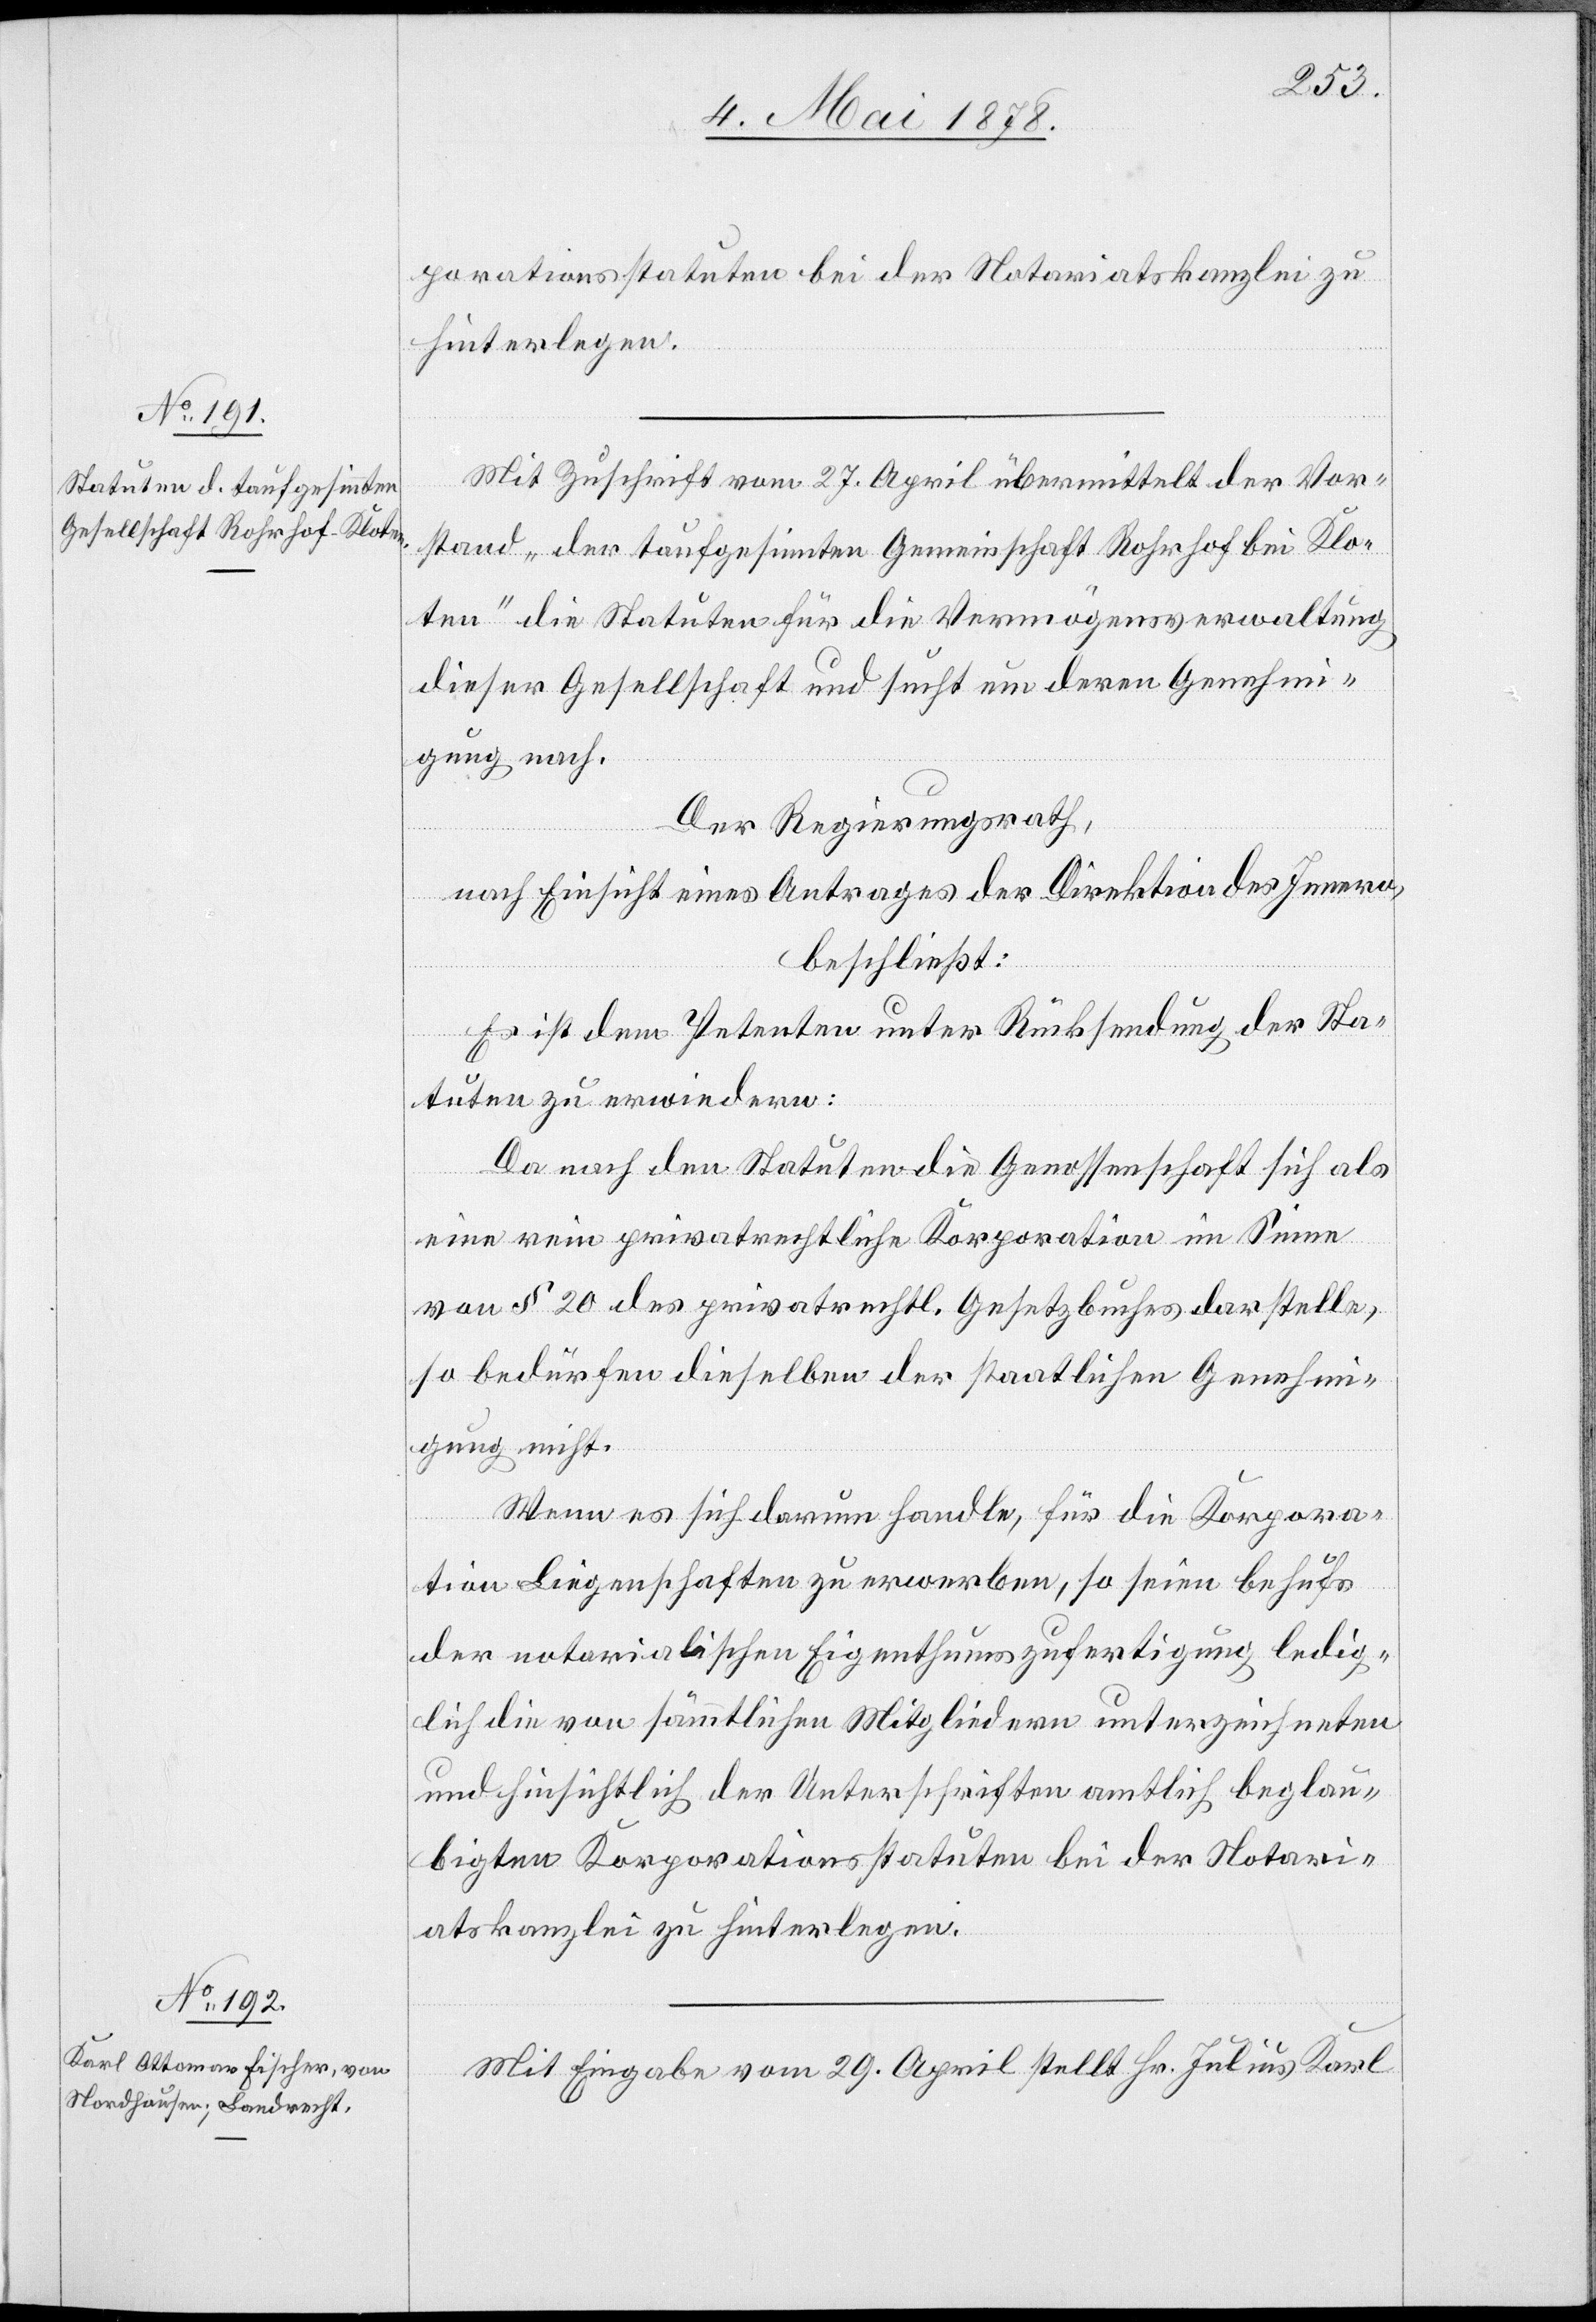
hrhof
porationsstatuten bei der Notariatskanzlei zu
hinterlegen.
Mit Zuschrift vom 27. April übermittelt der Vor¬
stand „der taufgesinnten Gemeinschaft Kloten“ Ro¬
bei die Statuten für die Vermögensverwaltung
dieser Gesellschaft und sucht um deren Genehmi¬
gung nach.
Der Regierungsrath,
nach Einsicht eines Antrages der Direktion des Innern,
beschließt:
Es ist dem Petenten unter Rücksendung der Sta¬
tuten zu erwiedern:
Da nach den Statuten die Genossenschaft sich als
eine rein privatrechtliche Korporation im Sinne
von § 20 des privatrechtl. Gesetzbuches darstelle,
so bedürfen dieselben der staatlichen Genehmi¬
gung nicht.
Wenn es sich darum handle, für die Korpora¬
tion Liegenschaften zu erwerben, so seien behufs
der notarialischen Eigenthumszufertigung ledig¬
lich die von sämmtlichen Mitgliedern unterzeichneten
und hinsichtlich der Unterschriften amtlich beglau¬
bigten Korporationsstatuten bei der Notari¬
atskanzlei zu hinterlegen.
Mit Eingabe vom 29. April stellt Hr. Julius Karl